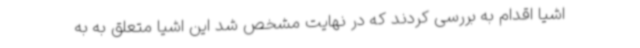
اشیا اقدام به بررسی کردند که در نهایت مشخص شد این اشیا متعلق به به